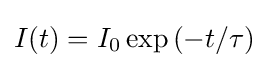
I(t)=I_{0}\exp \left(-t/\tau \right)